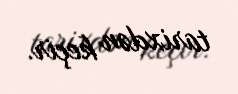
tarixdən keçir.